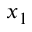
x _ { 1 }